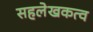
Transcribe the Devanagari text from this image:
सहलेखकत्व